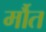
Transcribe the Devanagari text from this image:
र्मौत